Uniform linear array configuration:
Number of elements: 8
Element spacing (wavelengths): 0.5
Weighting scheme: binomial
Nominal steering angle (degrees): -45
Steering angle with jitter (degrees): -46.172
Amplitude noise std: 0.05
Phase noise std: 0.05

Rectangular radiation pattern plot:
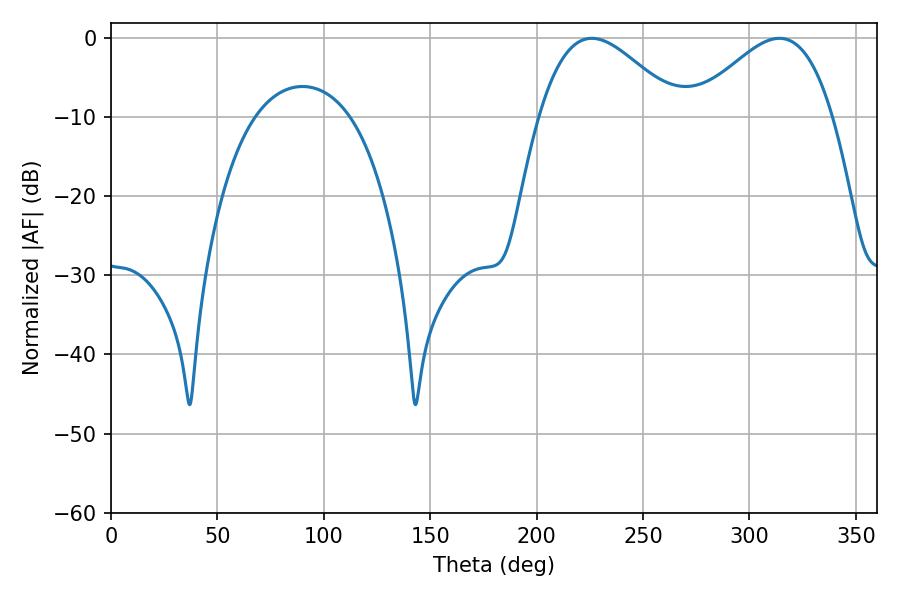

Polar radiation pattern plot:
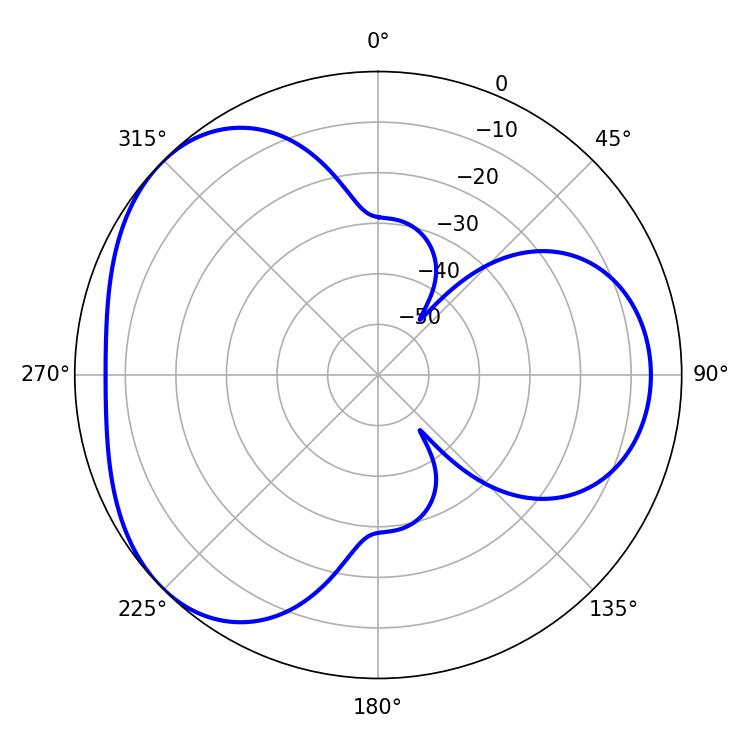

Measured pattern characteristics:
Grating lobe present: FALSE
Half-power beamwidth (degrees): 35.28
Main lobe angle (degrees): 225.9